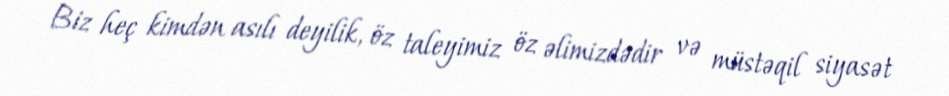
Biz heç kimdən asılı deyilik, öz taleyimiz öz əlimizdədir və müstəqil siyasət